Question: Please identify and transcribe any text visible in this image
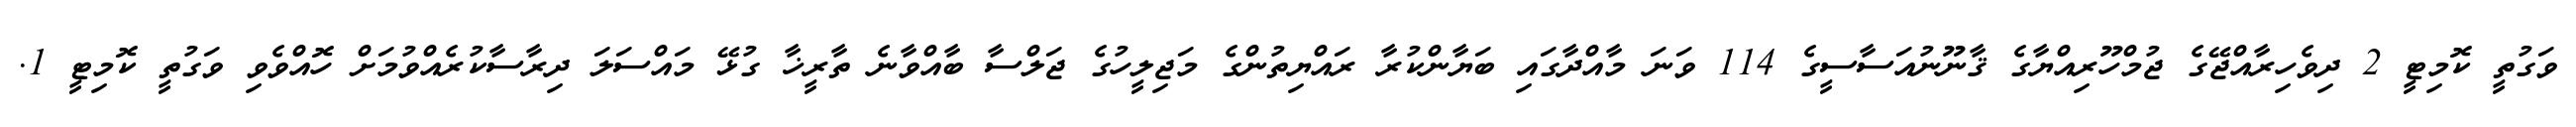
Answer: ވަގުތީ ކޮމިޓީ 2 ދިވެހިރާއްޖޭގެ ޖުމްހޫރިއްޔާގެ ޤާނޫނުއަސާސީގެ 114 ވަނަ މާއްދާގައި ބަޔާންކުރާ ރައްޔިތުންގެ މަޖިލީހުގެ ޖަލްސާ ބާއްވާނެ ތާރީޚާ ގުޅޭ މައްސަލަ ދިރާސާކުރެއްވުމަށް ހޮއްވެވި ވަގުތީ ކޮމިޓީ 1.